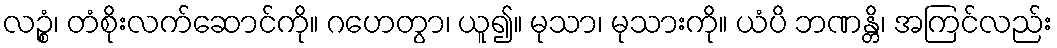
လဉ္စံ၊ တံစိုးလက်ဆောင်ကို။ ဂဟေတွာ၊ ယူ၍။ မုသာ၊ မုသားကို။ ယံပိ ဘဏန္တိ၊ အကြင်လည်း